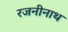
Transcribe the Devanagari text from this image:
रजनीनाथ